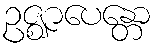
ဥဇ္ဈာပေန္တော